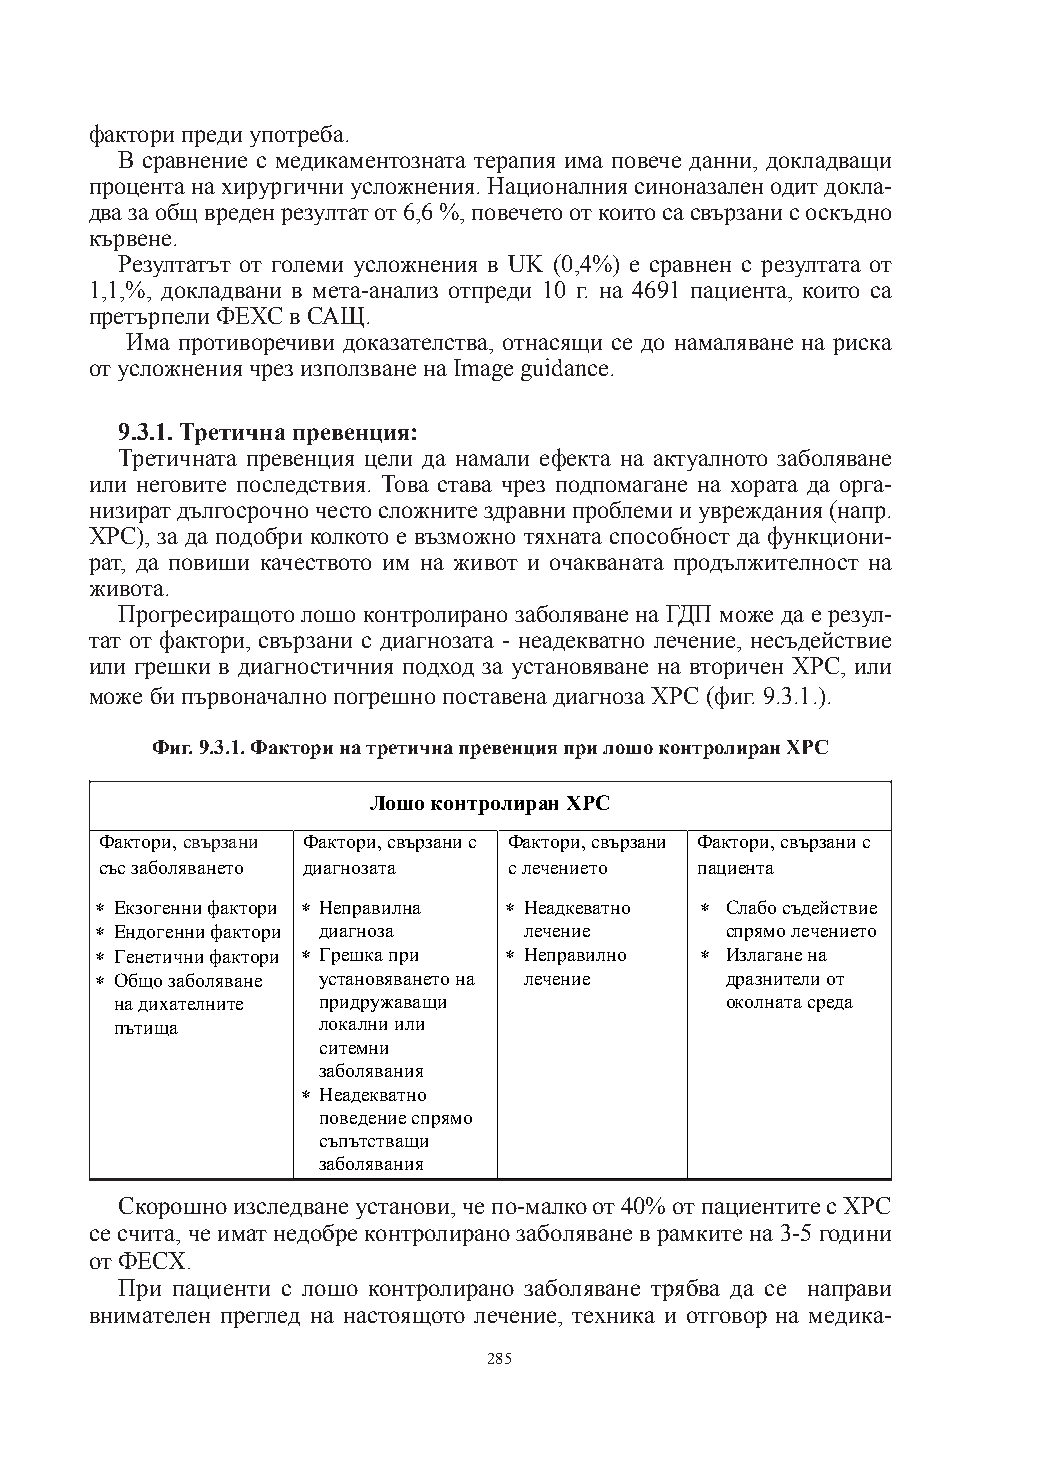
фактори преди употреба.
 В сравнение с медикаментозната терапия има повече данни, докладващи
 процента на хирургични усложнения. Националния синоназален одит докла-
 два за общ вреден резултат от 6,6 %, повечето от които са свързани с оскъдно
 кървене.
 Резултатът от големи усложнения в UK (0,4%) е сравнен с резултата от
 1,1,%, докладвани в мета-анализ отпреди 10 г. на 4691 пациента, които са
 претърпели ФЕХС в САЩ.
 Има противоречиви доказателства, отнасящи се до намаляване на риска
 от усложнения чрез използване на Image guidance.
 9.3.1. Третична превенция:
 Третичната превенция цели да намали ефекта на актуалното заболяване
 или неговите последствия. Това става чрез подпомагане на хората да орга-
 низират дългосрочно често сложните здравни проблеми и увреждания (напр.
 ХРС), за да подобри колкото е възможно тяхната способност да функциони-
 рат, да повиши качеството им на живот и очакваната продължителност на
 живота.
 Прогресиращото лошо контролирано заболяване на ГДП може да е резул-
 тат от фактори, свързани с диагнозата - неадекватно лечение, несъдействие
 или грешки в диагностичния подход за установяване на вторичен ХРС, или
 може би първоначално погрешно поставена диагноза ХРС (фиг. 9.3.1.).
 Фиг. 9.3.1. Фактори на третична превенция при лошо контролиран ХРС
 Лошо контролиран ХРС
 Фактори, свързани Фактори, свързани с Фактори, свързани Фактори, свързани с
 със заболяването диагнозата с лечението пациента
 ∗ Екзогенни фактори ∗ Неправилна ∗ Неадкеватно ∗ Слабо съдействие
 ∗ Ендогенни фактори диагноза лечение      спрямо лечението
 ∗ Генетични фактори ∗ Грешка при ∗ Неправилно ∗ Излагане на
 ∗ Общо заболяване установяването на лечение дразнители от
 на дихателните придружаващи             околната среда
 пътища       локални или
 ситемни
 заболявания
 ∗ Неадекватно
 поведение спрямо
 съпътстващи
 заболявания
 Скорошно изследване установи, че по-малко от 40% от пациентите с ХРС
 се счита, че имат недобре контролирано заболяване в рамките на 3-5 години
 от ФЕСХ.
 При пациенти с лошо контролирано заболяване трябва да се направи
 внимателен преглед на настоящото лечение, техника и отговор на медика-
 285